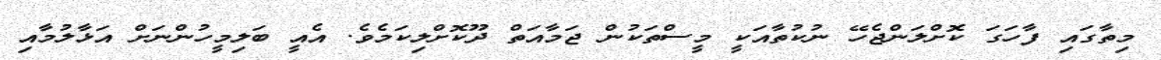
މިތާގައި ފާހަގަ ކޮށްލަންޖެހޭ ނުކުތާއަކީ މީސްތަކުން ޖަމާއަތް ދޫކޮށްލިކަމެވެ. އެއީ ބަލިމީހުންނަށް އަޅާލުމާއި